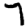
Digit: 7